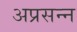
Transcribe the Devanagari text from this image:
अप्रसन्‍न